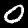
Label: 0